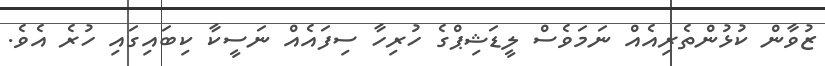
ޒުވާން ކުޅުންތެރިއެއް ނަމަވެސް ލީޑަޝިޕްގެ ހުރިހާ ސިފައެއް ނަސީކާ ކިބައިގައި ހުރެ އެވެ.